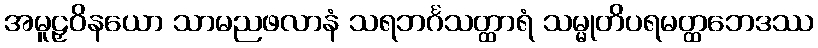
အမူဠှဝိနယော သာမညဖလာနံ သရဘင်္ဂသတ္ထာရံ သမ္မုတိပရမတ္ထဘေဒဿ